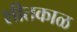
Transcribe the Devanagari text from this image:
शीतकाळ